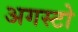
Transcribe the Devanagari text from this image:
अगस्टो